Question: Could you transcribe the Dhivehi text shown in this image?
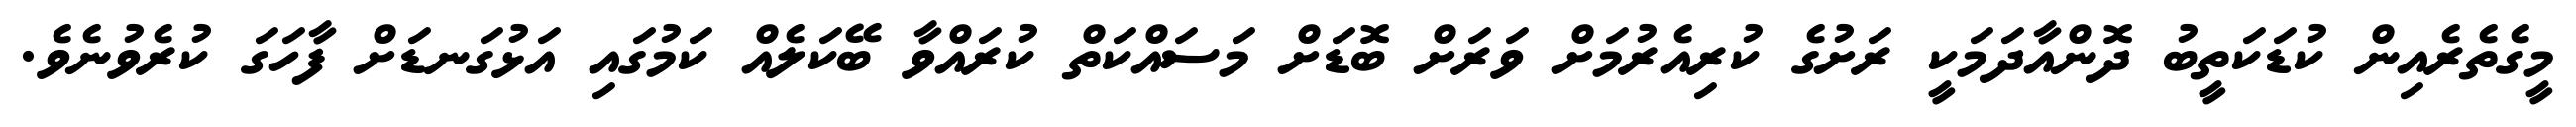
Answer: މީގެތެރެއިން ކުޑަކަތީބު ދޮންއާދަމަކީ ރަށުގެ ކުރިއެރުމަށް ވަރަށް ބޮޑަށް މަސައްކަތް ކުރައްވާ ބޭކަލެއް ކަމުގައި އަޅުގަނޑަށް ފާހަގަ ކުރެވުނެވެ.